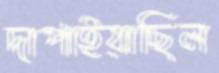
দাপাইয়াছিল